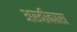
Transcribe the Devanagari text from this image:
अस्वीकारा